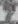
Text: 7